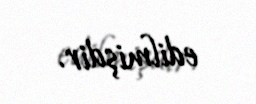
edilmişdir.